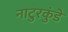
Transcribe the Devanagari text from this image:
नाटुरकुंडे